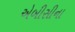
એબીસીના